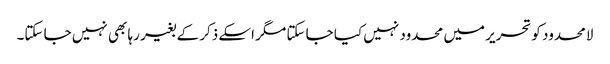
لامحدود کو تحریر میں محدود نہیں کیا جا سکتا مگر اسکے ذکر کے بغیر رہا بھی نہیں جا سکتا۔